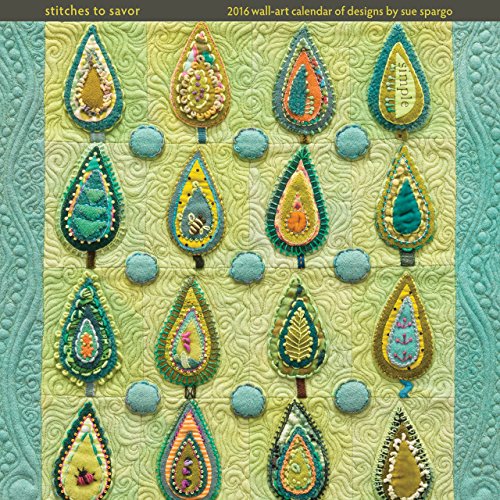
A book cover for Stitches to Savor: 2016 Wall-Art Calendar of Designs by Sue Spargo; Sue Spargo; Crafts, Hobbies & Home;